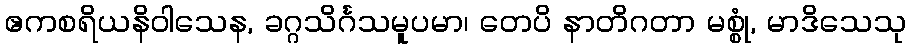
ဧကစရိယနိဝါသေန, ခဂ္ဂသိင်္ဂသမူပမာ၊ တေပိ နာတိဂတာ မစ္စုံ, မာဒိသေသု